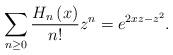
LaTeX: \begin{align*}\sum_{n\ge0}\frac{H_{n}\left(x\right)}{n!}z^{n}=e^{2xz-z^{2}}.\end{align*}